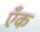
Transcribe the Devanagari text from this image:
एँक